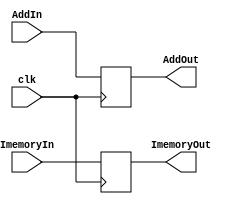
`timescale 1ns / 1ps
//////////////////////////////////////////////////////////////////////////////////
// Company: 
// Engineer: 
// 
// Design Name: 
// Module Name:    IF-ID 
// Project Name: 
// Target Devices: 
// Tool versions: 
// Description: 
//
// Dependencies: 
//
// Revision: 
// Revision 0.01 - File Created
// Additional Comments: 
//
//////////////////////////////////////////////////////////////////////////////////
module IFID(clk,AddIn,ImemoryIn,AddOut,ImemoryOut
    );
	 input clk;
input  [0:31] AddIn;
input  [0:31] ImemoryIn;
output reg [0:31] AddOut,ImemoryOut;
initial begin

AddOut = 0;
ImemoryOut = 0;
end


always@(posedge clk)
begin
 AddOut <= AddIn;
 ImemoryOut <= ImemoryIn;
end



endmodule